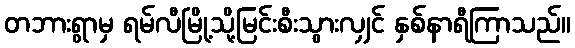
တဘားရွာမှ ရမ်လီမြို့သို့မြင်းစီးသွားလျှင် နှစ်နာရီကြာသည်။